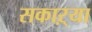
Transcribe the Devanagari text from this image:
सकाऱ्या